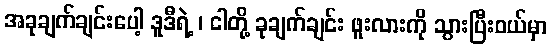
အခုချက်ချင်းပေါ့ ဒူဒီရဲ့ ၊ ငါတို့ ခုချက်ချင်း ဖူးလားကို သွားပြီးဝယ်မှာ